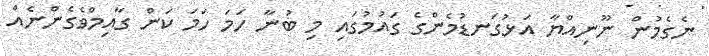
ނެގެމުން ނޫނިއްޔާ އަޅުގަނޑުމެންގެ ގައުމުގައި މި ބުނާ ހަމަ ހަމަ ކަން ގާއިމްވެގެންނެއް